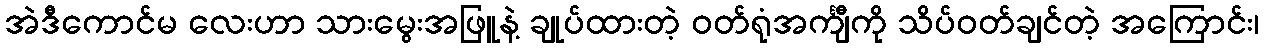
အဲဒီကောင်မ လေးဟာ သားမွေးအဖြူနဲ့ ချုပ်ထားတဲ့ ဝတ်ရုံအင်္ကျီကို သိပ်ဝတ်ချင်တဲ့ အကြောင်း၊